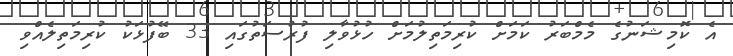
އެ ކޮމިޝަނުގެ މެމްބަރު ކަމަށް ކުރިމަތިލުމަށް ހުޅުވާލި ފުރުސަތުގައި 33 ބޭފުޅަކު ކުރިމަތިލެއްވި